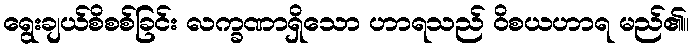
ရွေးချယ်စိစစ်ခြင်း လက္ခဏာရှိသော ဟာရသည် ဝိစယဟာရ မည်၏။